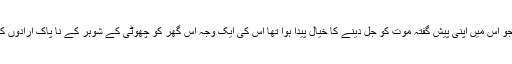
اسے خیال آیا کہ یہ جو اس میں اپنی پیش گفتہ موت کو جل دینے کا خیال پیدا ہوا تھا اس کی ایک وجہ اس گھر کو چھوٹی کے شوہر کے نا پاک ارادوں کا نا کام بنانا بھی تھا۔